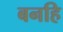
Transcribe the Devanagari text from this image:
बनहि